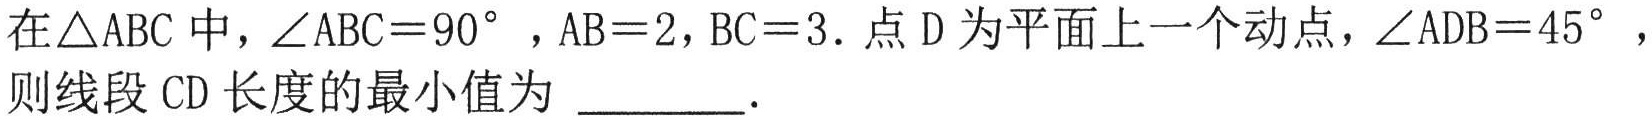
在\(\triangle ABC\)中，\(\angle ABC = 90^{\circ}\)，\(AB = 2\)，\(BC = 3\). 点\(D\)为平面上一个动点，\(\angle ADB = 45^{\circ}\)，
则线段\(CD\)长度的最小值为 \(\underline{\quad\quad}\).